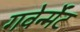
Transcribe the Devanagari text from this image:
गवेर्न्मेंट